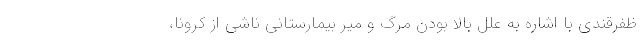
ظفرقندی با اشاره به علل بالا بودن مرگ و میر بیمارستانی ناشی از کرونا،